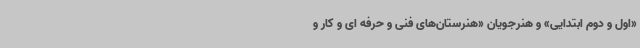
«اول و دوم ابتدایی» و هنرجویان «هنرستان‌های فنی و حرفه ای و کار و